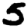
Digit: 5